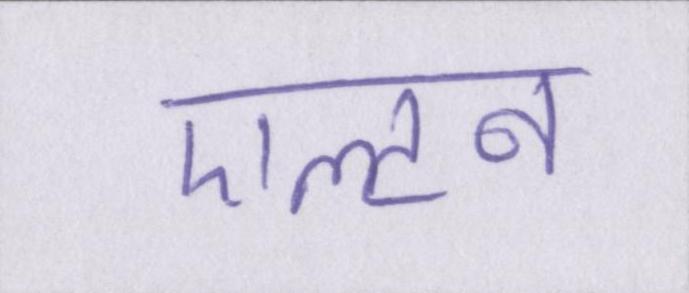
एल्टन